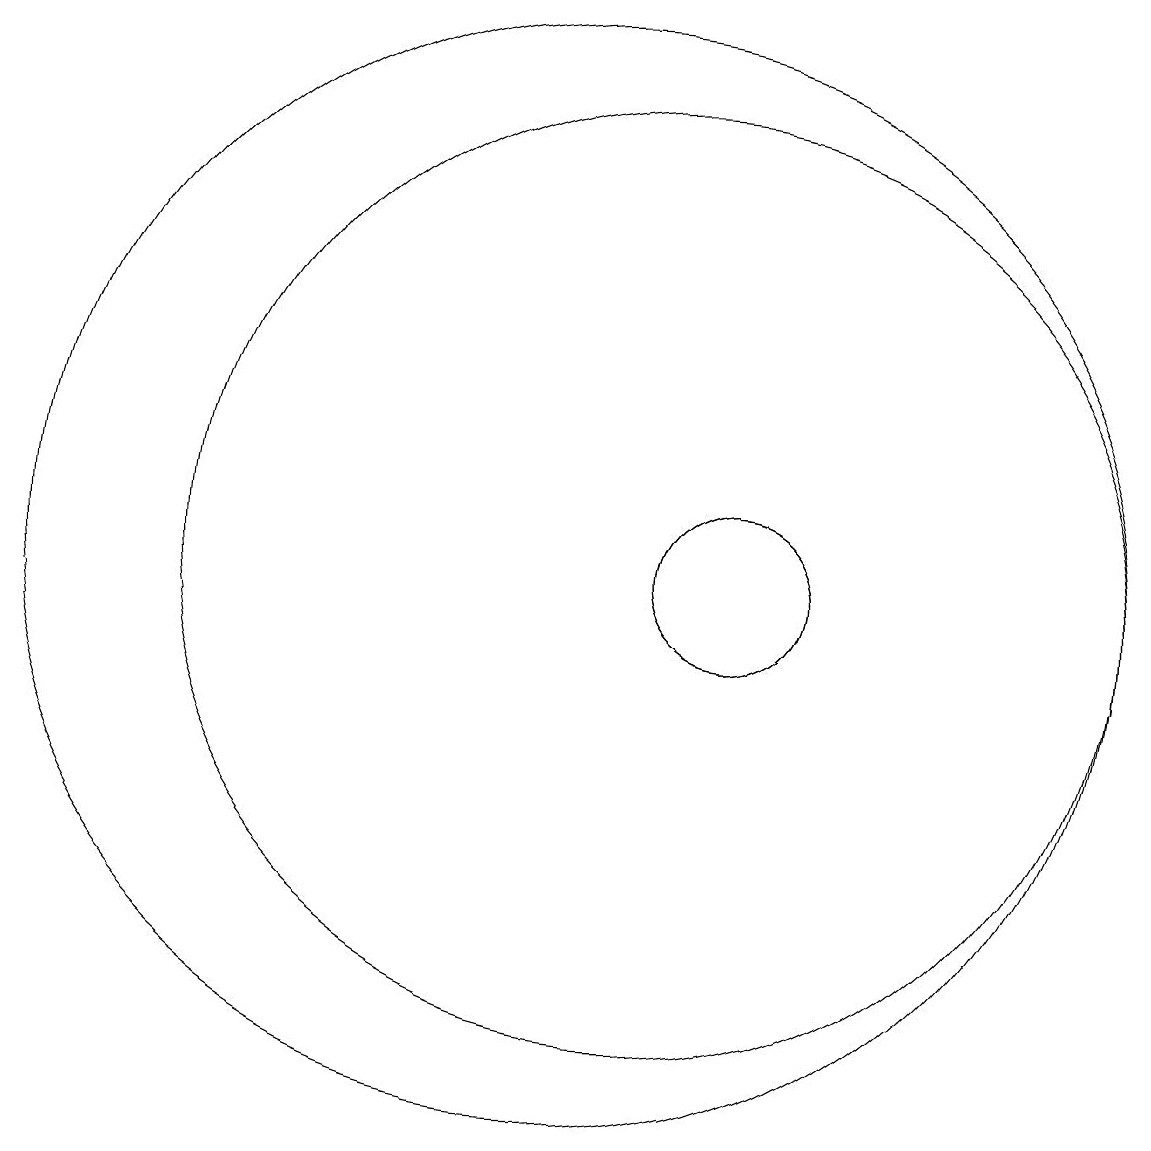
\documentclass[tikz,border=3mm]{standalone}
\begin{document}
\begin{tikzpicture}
\draw (12,10) circle (1);
\draw (10,10) circle (7);
\draw (12,10) circle (1);
\draw (11,10) circle (6);
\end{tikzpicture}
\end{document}